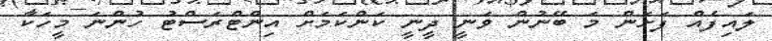
ލައިފެއް ފަށަން މަ ބޭނުން ވަނީ ދީނީ ކަންކަމަށް އިންޓްރަސްޓު ހުންނަ މީހަކާ